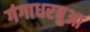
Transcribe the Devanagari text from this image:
गंगाधरबुआ